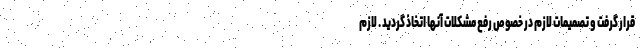
قرار گرفت و تصمیمات لازم در خصوص رفع مشکلات آنها اتخاذ گردید . لازم